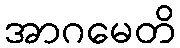
အာဂမေတိ